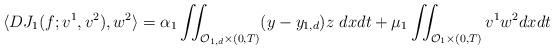
LaTeX: \begin{align*}\langle DJ_1(f;v^1,v^2),w^2 \rangle = \alpha_1 \iint_{{\mathcal{O}}_{1,d} \times (0,T)} (y-y_{1,d})z\ dxdt + \mu_1 \iint_{\mathcal{O}_1 \times (0,T)} v^1 w^2 dxdt\end{align*}